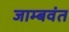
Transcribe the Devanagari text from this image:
जाम्बवंत